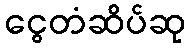
ငွေတံဆိပ်ဆု